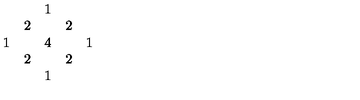
\begin{array} { c c c c c } { } & { } & { 1 } & { } & { } \\ { } & { 2 } & { } & { 2 } & { } \\ { 1 } & { } & { 4 } & { } & { 1 } \\ { } & { 2 } & { } & { 2 } & { } \\ { } & { } & { 1 } & { } & { } \\ \end{array}